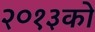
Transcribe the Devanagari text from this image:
२०१३को